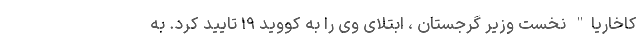
کاخاریا" نخست وزیر گرجستان ، ابتلای وی را به کووید ۱۹ تایید کرد. به